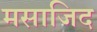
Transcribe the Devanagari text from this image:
मसाजिद